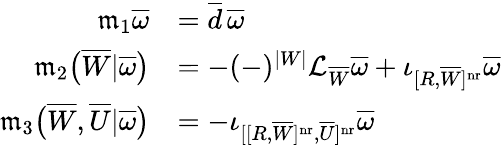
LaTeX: \begin{array}{rl}{\mathfrak m_{1}\overline{\omega}}&{=\overline{d}\, \overline{\omega}}\\ {\mathfrak m_{2}\big(\overline{W}|\overline{\omega}\big)}&{=-(-)^{|W|}\mathcal L_{\overline{W}}\overline{\omega}+\iota_{[R,\overline{W}]^{\mathrm{nr}}}\overline{\omega}}\\ {\mathfrak m_{3}\big(\overline{W},\overline{U}|\overline{\omega}\big)}&{=-\iota_{[[R,\overline{W}]^{\mathrm{nr}},\overline{U}]^{\mathrm{nr}}}\overline{\omega}}\end{array}